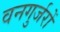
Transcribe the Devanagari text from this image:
वनगुर्जरों